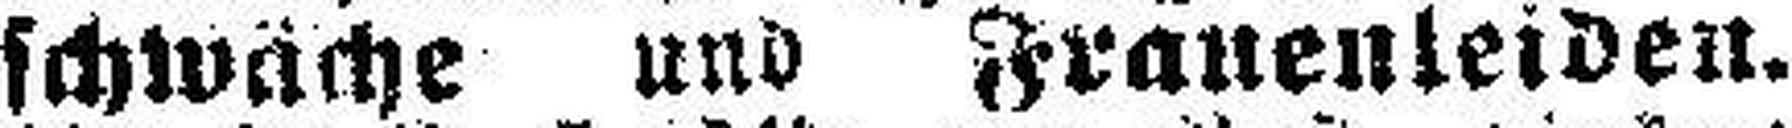
schwäche und Frauenleiden.